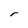
Character: r